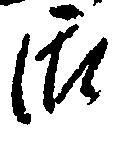
御